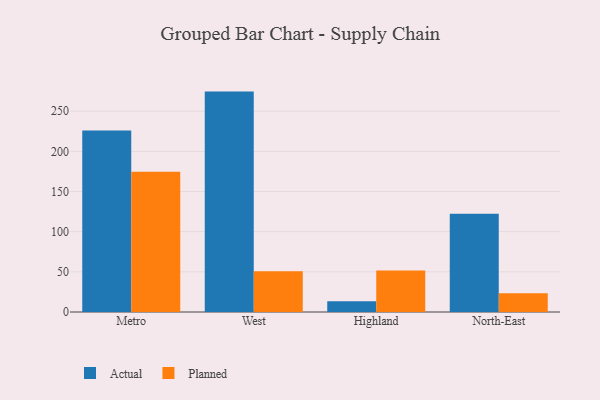
{"axis": {"x": "Region", "y": "Population (Million)"}, "legend": ["Actual", "Planned"], "data": [{"x": "Metro", "y": 225.9, "type": "Actual"}, {"x": "Metro", "y": 174.5, "type": "Planned"}, {"x": "West", "y": 274.4, "type": "Actual"}, {"x": "West", "y": 50.7, "type": "Planned"}, {"x": "Highland", "y": 13.4, "type": "Actual"}, {"x": "Highland", "y": 51.8, "type": "Planned"}, {"x": "North-East", "y": 122.3, "type": "Actual"}, {"x": "North-East", "y": 23.4, "type": "Planned"}]}